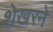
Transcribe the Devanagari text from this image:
शेखरने